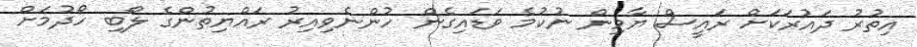
އިތުރު ދައުރަކަށް ރައީސް ޔާމިން ނުކުމެ ވަޑައިގެން ހުންނެވިއިރު ރައްޔިތުންގެ ލޯބި ހޯދުމަށް